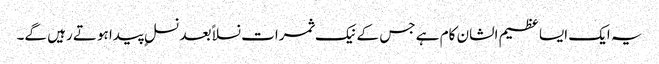
یہ ایک ایسا عظیم الشان کام ہے جس کے نیک ثمرات نسلا ًبعد نسلٍ پیدا ہوتے رہیں گے۔